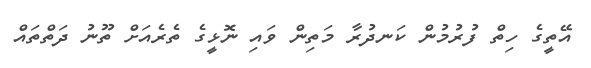
އޭތީގެ ހިތް ފުރުމުން ކަނދުރާ މަތިން ވައި ނޮޅީގެ ތެރެއަށް ތޫނު ދަތްތައް